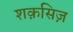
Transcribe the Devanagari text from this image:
शक़सिज़